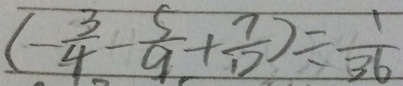
( - \frac { 3 } { 4 } - \frac { 5 } { 9 } + \frac { 7 } { 1 2 } ) = \frac { 1 } { 3 6 }